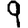
Digit: 9